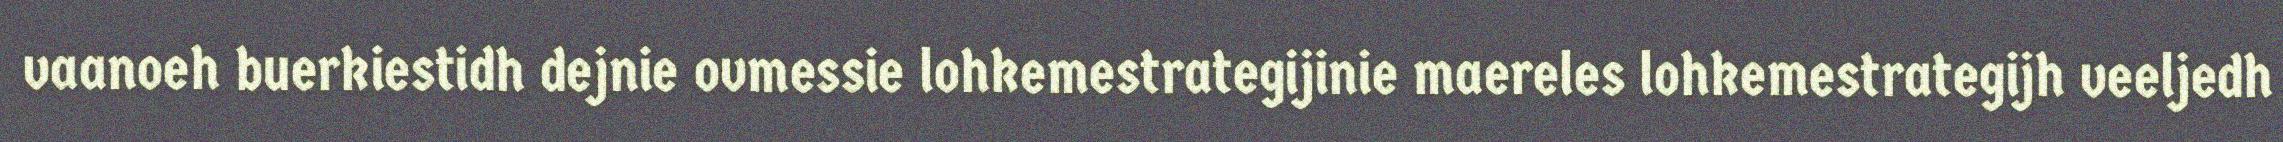
vaanoeh buerkiestidh dejnie ovmessie lohkemestrategijinie maereles lohkemestrategijh veeljedh